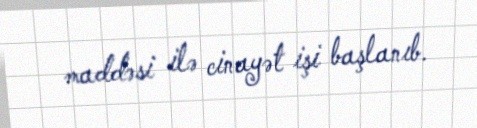
maddəsi ilə cinayət işi başlanıb.